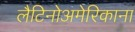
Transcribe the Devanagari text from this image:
लैटिनोअमेरिकाना